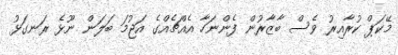
މޭކަޕް ކުރާއިރު ވެސް ބާޒާރުން ފެންނަހާ އެއްޗެއްގެ އަޖުމަ ބަލަން ނޫޅެ ރަނގަޅު